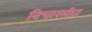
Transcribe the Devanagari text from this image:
विचारलीत